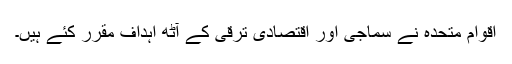
اقوام متحدہ نے سماجی اور اقتصادی ترقی کے آٹھ اہداف مقرر کئے ہیں۔